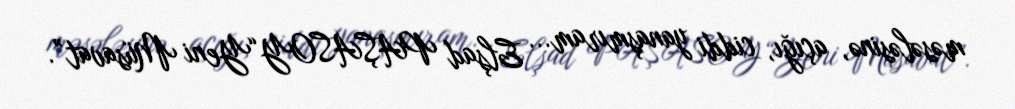
məsələsinə, açığı, ciddi yanaşmıram... Elşad PAŞASOY“Yeni Müsavat”.